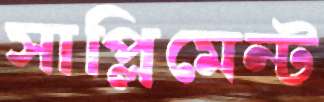
সাপ্লিমেন্ট